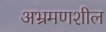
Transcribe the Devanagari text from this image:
अभ्रमणशील